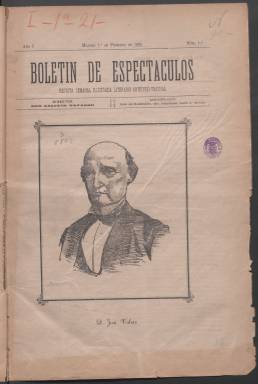
Título: Boletín de espectáculos
Colección: Teatro
Ámbito geográfico: Madrid
Lugar de publicación: Madrid
Fechas: 01/02/1885-15/09/1885